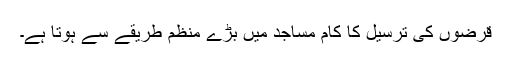
قرضوں کی ترسیل کا کام مساجد میں بڑے منظم طریقے سے ہوتا ہے۔